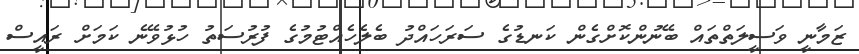
ޒަމާނީ ވަސީލަތްތައް ބޭނުންކޮށްގެން ކަނޑުގެ ސަރަހައްދު ބެލެހެއްޓުމުގެ ފުރުސަތު ހުޅުވޭނެ ކަމަށް ރައީސް